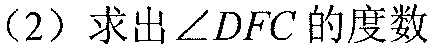
(2) 求出$\angle DFC$的度数